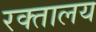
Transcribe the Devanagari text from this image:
रक्तालय